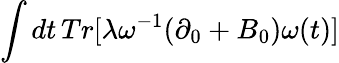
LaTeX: \int dt\, Tr[\lambda\omega^{-1}(\partial_{0}+B_{0})\omega(t)]